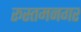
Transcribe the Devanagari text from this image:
रूस्तमनगर